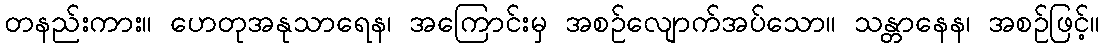
တနည်းကား။ ဟေတုအနုသာရေန၊ အကြောင်းမှ အစဉ်လျောက်အပ်သော။ သန္တာနေန၊ အစဉ်ဖြင့်။